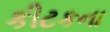
કીટકના